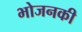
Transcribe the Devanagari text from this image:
भोजनकी